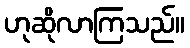
ဟုဆိုလာကြသည်။